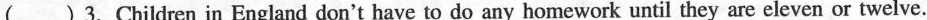
() 3.Children in England don't have to do any homework until they are eleven or twelve.